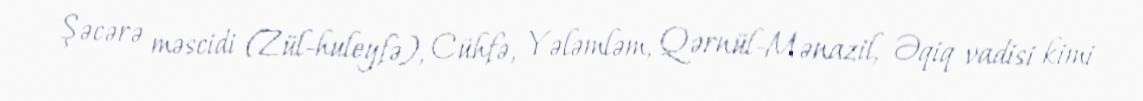
Şəcərə məscidi (Zül-huleyfə), Cühfə, Yələmləm, Qərnül-Mənazil, Əqiq vadisi kimi